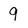
Character: 9